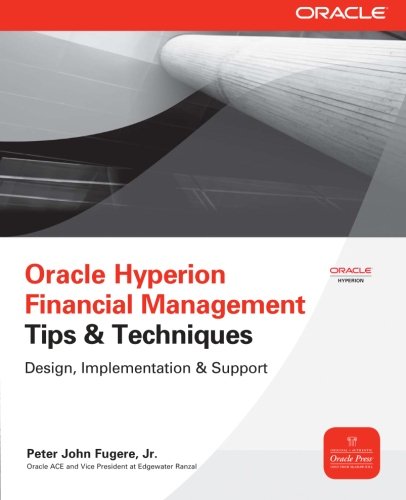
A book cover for Oracle Hyperion Financial Management Tips And Techniques: Design, Implementation & Support (Oracle Press); Peter Fugere; Computers & Technology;